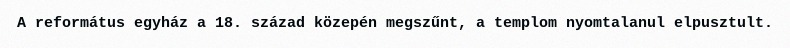
A református egyház a 18. század közepén megszűnt, a templom nyomtalanul elpusztult.